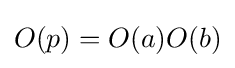
O(p)=O(a)O(b)